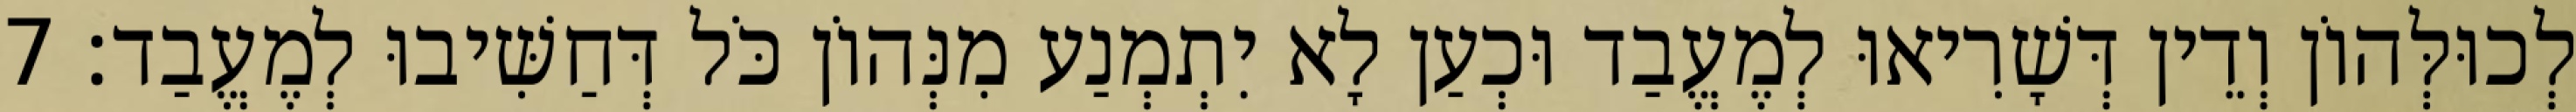
לְכוּלְּהוֹן וְדֵין דְּשָׁרִיאוּ לְמֶעֱבַד וּכְעַן לָא יִתְמְנַע מִנְּהוֹן כֹּל דְּחַשִּׁיבוּ לְמֶעֱבַד׃ 7